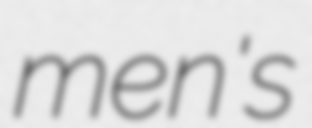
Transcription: men's